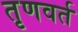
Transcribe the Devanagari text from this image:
तृणवर्त